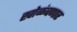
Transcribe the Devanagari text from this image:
खोळंबणार